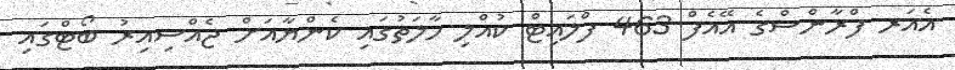
އެއަރ ފްރާންސްގެ އޭއެފް 463 ފްލައިޓް ކުއްލި ހާލަތުގައި ކެންޔާއަށް ޖެއްސިއިރު ބޯޓްގައި